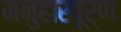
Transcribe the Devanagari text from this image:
मनुहारपूर्ण